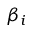
\beta _ { i }